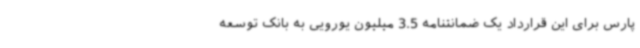
پارس برای این قرارداد یک ضمانتنامه 3.5 میلیون یورویی به بانک توسعه